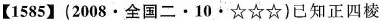
【1585】(2008·全国二·10·☆☆☆)已知正四棱